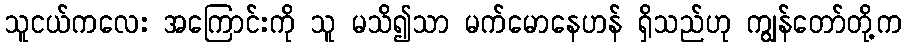
သူငယ်ကလေး အကြောင်းကို သူ မသိ၍သာ မက်မောနေဟန် ရှိသည်ဟု ကျွန်တော်တို့က